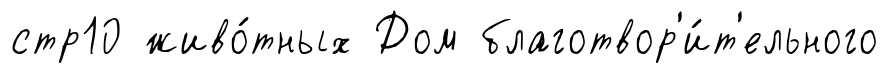
стр10 живо́тных Дом благотвор'и́т'ельного